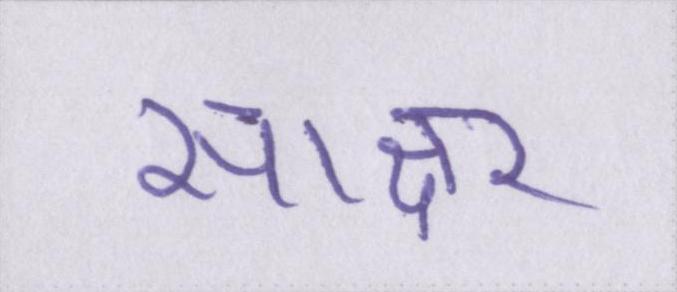
साक्षर